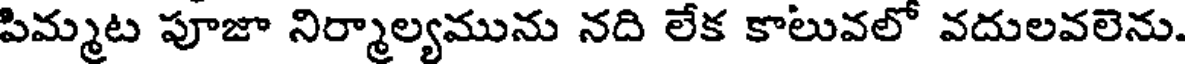
పిమ్మట పూజా నిర్మాల్యమును నది లేక కాలువలో వదులవలెను.